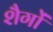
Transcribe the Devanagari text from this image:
शैगों